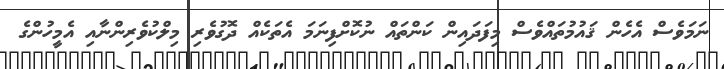
ނަމަވެސް އެހެން ޤައުމުތައްވެސް މިފަދައިން ކަންތައް ނުކޮށްފިނަމަ އެތަކެއް ދޮގުވެރި މިލްކުވެރިންނާއި އެމީހުންގެ